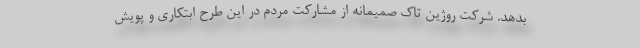
بدهد. شرکت روژین تاک صمیمانه از مشارکت مردم در این طرح ابتکاری و پویش